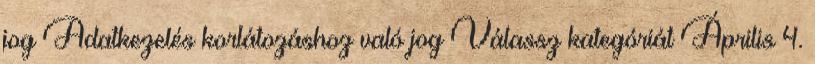
jog Adatkezelés korlátozáshoz való jog Válassz kategóriát Április 4.